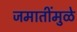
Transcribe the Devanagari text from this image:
जमातींमुळे